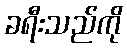
ခရီးသည်ကို